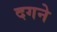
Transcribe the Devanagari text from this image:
दगने